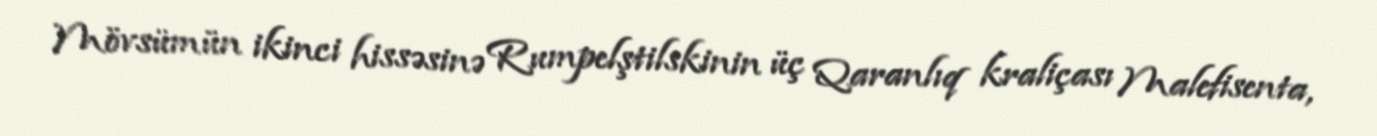
Mövsümün ikinci hissəsinə Rumpelştilskinin üç Qaranlıq kraliçası Malefisenta,